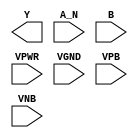
module sky130_fd_sc_lp__nand2b (
    Y   ,
    A_N ,
    B   ,
    VPWR,
    VGND,
    VPB ,
    VNB
);

    output Y   ;
    input  A_N ;
    input  B   ;
    input  VPWR;
    input  VGND;
    input  VPB ;
    input  VNB ;
endmodule